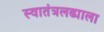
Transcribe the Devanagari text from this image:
स्वातंत्रलढ्याला